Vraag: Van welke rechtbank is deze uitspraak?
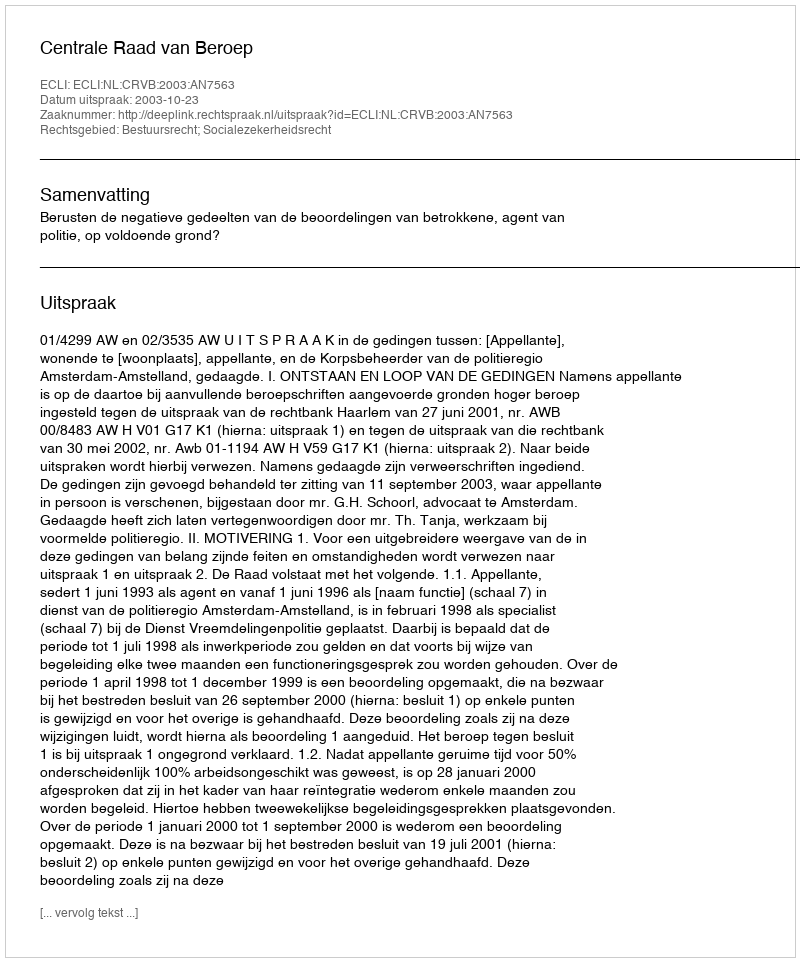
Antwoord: Centrale Raad van Beroep